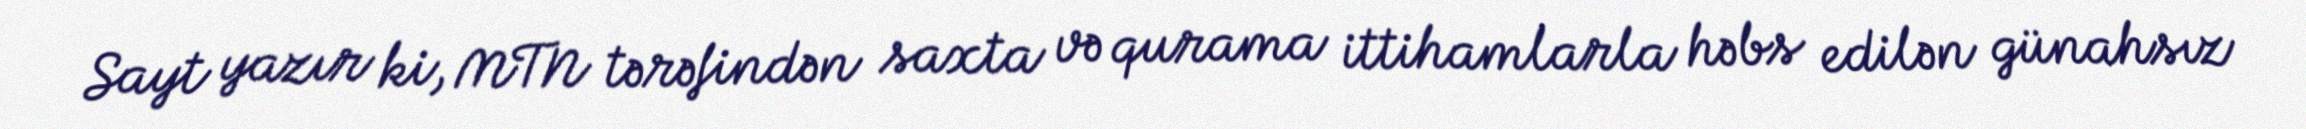
Sayt yazır ki, MTN tərəfindən saxta və qurama ittihamlarla həbs edilən günahsız